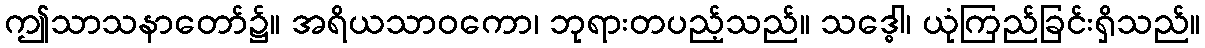
ဤသာသနာတော်၌။ အရိယသာဝကော၊ ဘုရားတပည့်သည်။ သဒ္ဓေါ၊ ယုံကြည်ခြင်းရှိသည်။